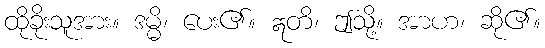
ထိုခိုးသူအား။ ဒမ္မိ၊ ပေး၏။ ဣတိ၊ ဤသို့။ အာဟ၊ ဆို၏။